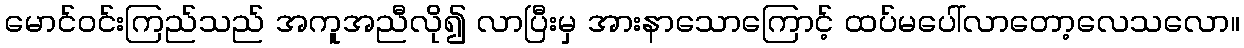
မောင်ဝင်းကြည်သည် အကူအညီလို၍ လာပြီးမှ အားနာသောကြောင့် ထပ်မပေါ်လာတော့လေသလော။